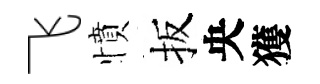
飞憤扳央獲